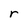
Character: r